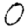
Digit: 0